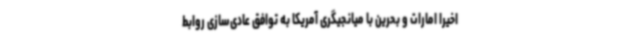
اخیرا امارات و بحرین با میانجیگری آمریکا به توافق عادی‌سازی روابط